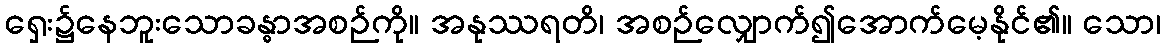
ရှေး၌နေဘူးသောခန္ဓာအစဉ်ကို။ အနုဿရတိ၊ အစဉ်လျှောက်၍အောက်မေ့နိုင်၏။ သော၊